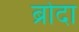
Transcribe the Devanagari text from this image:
ब्रोदा